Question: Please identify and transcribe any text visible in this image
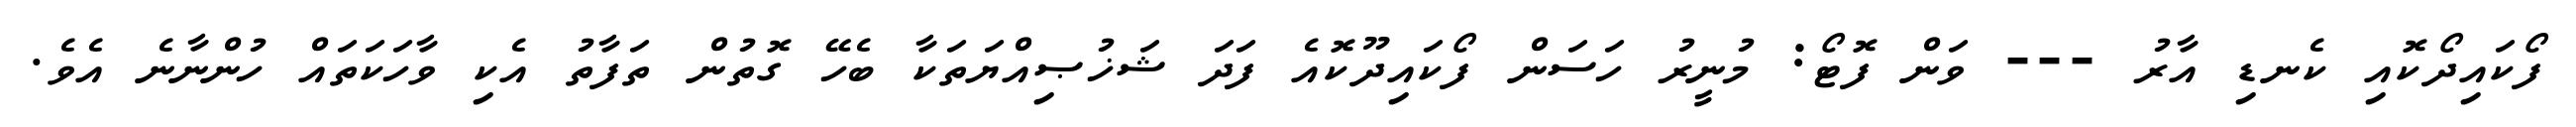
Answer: ފޯކައިދޯކޮއި ކެނޑި އާރު --- ވަން ފޮޓޯ: މުނީރު ހަސަން ފޯކައިދޫކޮއެ ފަދަ ޝަޚުޞިއްޔަތަކާ ބެހޭ ގޮތުން ތަފާތު އެކި ވާހަކަތައް ހުންނާނެ އެވެ.